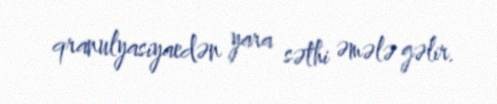
qranulyasiyaedən yara səthi əmələ gəlir.